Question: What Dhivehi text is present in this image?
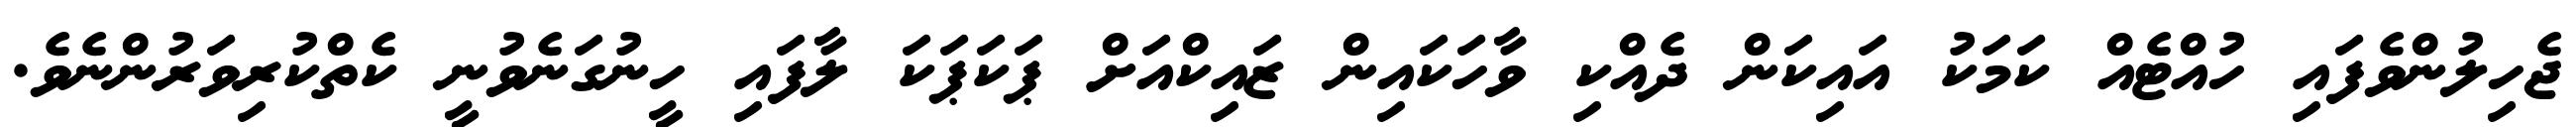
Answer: ޖެހިލުންވެފައި ހުއްޓެއް ކަމަކު އައިކަން ދެއްކި ވާހަކައިން ޒައިކްއަށް ޕަކަޕަކަ ލާފައި ހީނުގަނެވުނީ ކެތްކުރިވަރުންނެވެ.